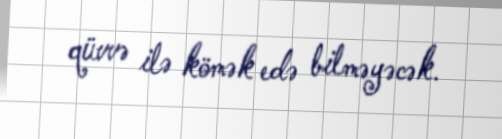
qüvvə ilə kömək edə bilməyəcək.